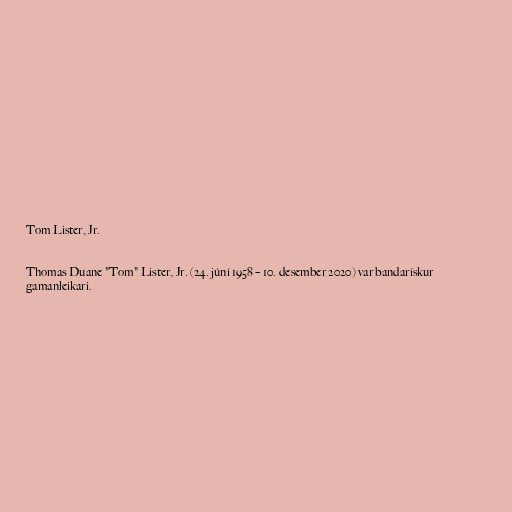
Tom Lister, Jr.

Thomas Duane "Tom" Lister, Jr. (24. júní 1958 – 10. desember 2020) var bandarískur
gamanleikari.